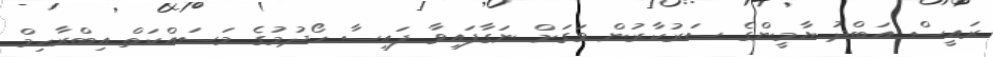
ރައީސް އަބްދު ޔާމީންގެ ސަރުކާރުން ވަގަށް ނަގާފައިވާ ފައިސާ ހޯދުމުގެ މަސައްކަތް އިބްރާހިމް